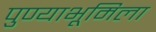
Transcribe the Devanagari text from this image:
पुण्याभूमिला